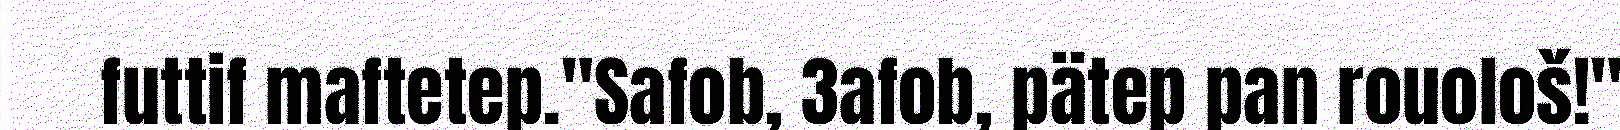
futtif maftetep."Safob, 3afob, pätep pan rouološ!"